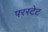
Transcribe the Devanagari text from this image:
परस्टेट